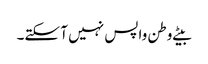
بیٹے وطن واپس نہیں آ سکتے۔